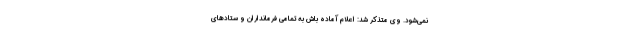
نمی‌شود. وی متذکر شد: اعلام آماده باش به تمامی فرمانداران و ستادهای